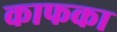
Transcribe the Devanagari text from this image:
काफका